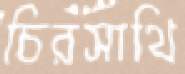
চিরসাথি